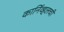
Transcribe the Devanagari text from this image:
कार्निव्हलची